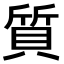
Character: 質